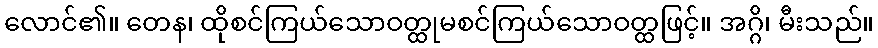
လောင်၏။ တေန၊ ထိုစင်ကြယ်သောဝတ္ထုမစင်ကြယ်သောဝတ္ထဖြင့်။ အဂ္ဂိ၊ မီးသည်။